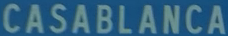
CASABLANCA